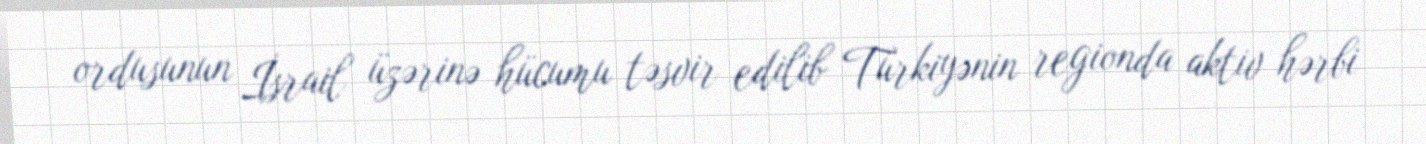
ordusunun İsrail üzərinə hücumu təsvir edilib Türkiyənin regionda aktiv hərbi